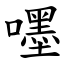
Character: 嚜